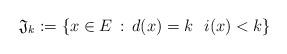
LaTeX: \begin{align*}\mathfrak{J}_k :=\{x \in E \, : \, d(x)=k\, \, \,\,i(x)<k\}\end{align*}